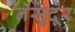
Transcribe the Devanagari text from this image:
नेसुदूर